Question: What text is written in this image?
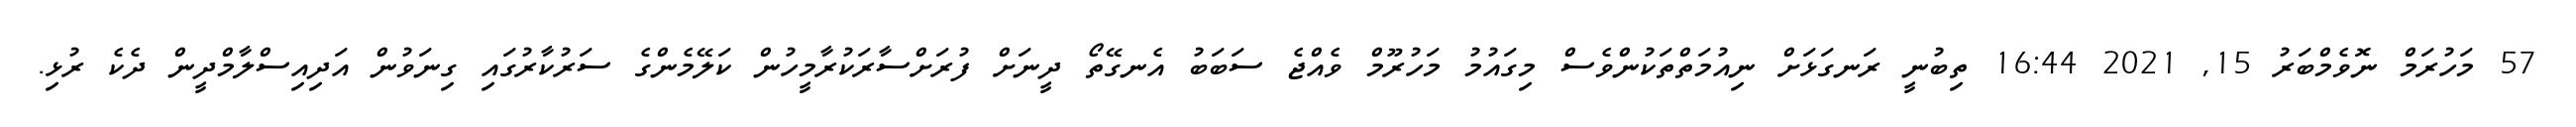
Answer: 57 މަހުރަމް ނޮވެމްބަރު 15, 2021 16:44 ތިބުނީ ރަނގަޅަށް ނިއުމަތްތަކުންވެސް މިގައުމު މަހުރޫމް ވެއްޖެ ސަބަބު އެނގޭތޯ ދީނަށް ފުރަށްސާރަކުރާމީހުން ކަލޭމެންގެ ސަރުކާރުގައި ގިނަވުން އަދިއިސްލާމްދީން ދެކެ ރުޅި.